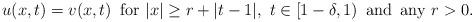
LaTeX: \begin{align*}u(x,t)=v(x,t)\,\,\,{\rm for}\,\, |x|\ge r+|t-1|, \,\,t\in [1-\delta,1)\,\,\, {\rm and \,\,\,any}\,\, r>0.\end{align*}